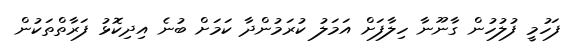
ފަހުމީ ފުލުހުން ގާނޫނާ ހިލާފަށް އަމަލު ކުރަމުންދާ ކަމަށް ބުނެ އިދިކޮޅު ފަރާތްތަކުން